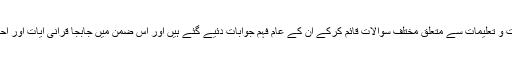
آخری ابواب میں اسلامی احکامات و تعلیمات سے متعلق مختلف سوالات قائم کرکے ان کے عام فہم جوابات دئیے گئے ہیں اور اس ضمن میں جابجا قرآنی آیات اور احادیث نبوی بھی نقل فرمائی ہیں ۔